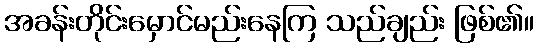
အခန်းတိုင်းမှောင်မည်းနေကြ သည်ချည်း ဖြစ်၏။